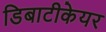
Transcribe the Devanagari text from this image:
डिबाटीकेयर